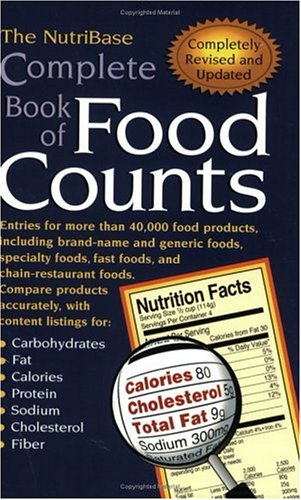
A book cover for The NutriBase Complete Book of Food Counts; NutriBase; Health, Fitness & Dieting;